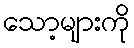
သော့များကို